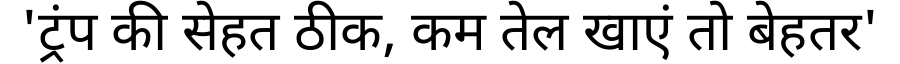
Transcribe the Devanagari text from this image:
'ट्रंप की सेहत ठीक, कम तेल खाएं तो बेहतर'